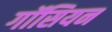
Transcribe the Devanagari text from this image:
गॉसियन